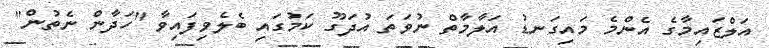
އަލްޒައިމާގެ އެންމެ މައިގަނޑު އަލާމާތް ނުވަތަ އުދަގޫ ކަމުގައި ބެލެވިފައިވާ ''ހަދާން ނެތުން''